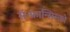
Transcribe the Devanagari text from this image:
सॅन्‍फ्रान्सिस्को